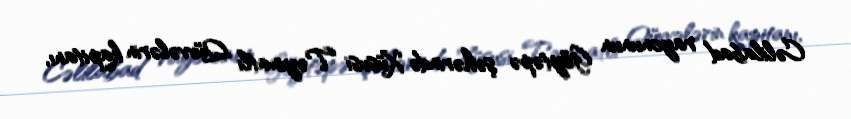
Cəlilabad rayonunun Göytəpə şəhərində Xüsusi Təyinatlı Qüvvələrin kapitanı,